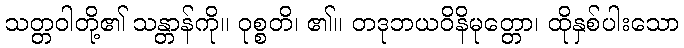
သတ္တဝါတို့၏ သန္တာန်ကို။ ဝုစ္စတိ၊ ၏။ တဒုဘယဝိနိမုတ္တော၊ ထိုနှစ်ပါးသော